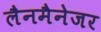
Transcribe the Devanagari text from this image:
लैनमैनेजर